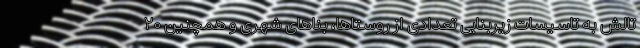
تالش به تاسیسات زیربنایی تعدادی از روستاها، بناهای شهری و همچنین ۲۰